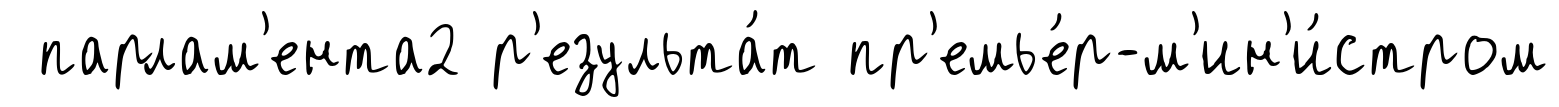
парлам'ента2 р'езульта́т пр'емье́р-м'ин'и́стром